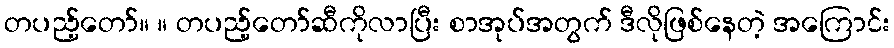
တပည့်တော်။ ။ တပည့်တော်ဆီကိုလာပြီး စာအုပ်အတွက် ဒီလိုဖြစ်နေတဲ့ အကြောင်း